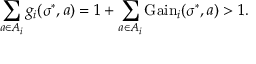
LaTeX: \sum _ { a \in A _ { i } } g _ { i } ( \sigma ^ { * } , a ) = 1 + \sum _ { a \in A _ { i } } { \mathrm { G a i n } } _ { i } ( \sigma ^ { * } , a ) > 1 .